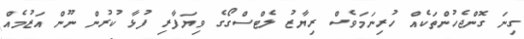
ގިނަ ގޮންޖެހުންތަކެއް ހުރިނަމަވެސް ރިޔާޒު ލެޓްސްގޯގެ ވިޔަފާރި ފުޅާ ކުރުން ނޫން އަޒުމެއް